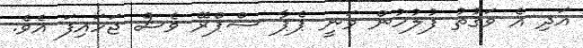
އަދި އެ ވަގުތު ފުލުހުން ވަނީ ޕެޕާ ސްޕްރޭ ވެސް ޖަހައިފަ އެވެ.